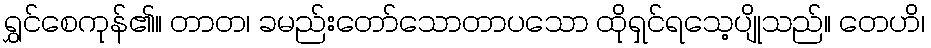
ရွှင်စေကုန်၏။ တာတ၊ ခမည်းတော်သောတာပသော ထိုရှင်ရသေ့ပျိုသည်။ တေဟိ၊